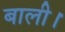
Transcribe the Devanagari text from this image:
बाली।